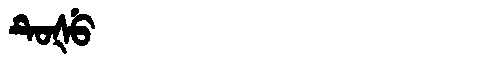
Manchu: ᡨᡠᡧᡠ
Romanization: TUŠU